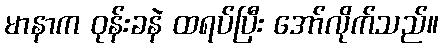
မာနာက ဝုန်းခနဲ ထရပ်ပြီး အော်လိုက်သည်။